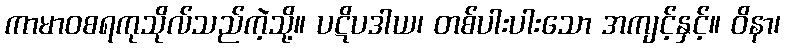
ကာမာဝစရကုသိုလ်သည်ကဲ့သို့။ ပဋိပဒါယ၊ တစ်ပါးပါးသော အကျင့်နှင့်။ ဝိနာ၊